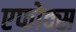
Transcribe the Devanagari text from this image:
एफोक्स